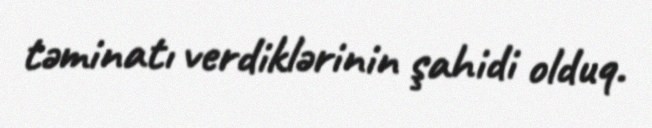
təminatı verdiklərinin şahidi olduq.